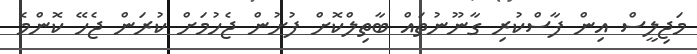
މަޖިލީސް އިން ފާސްކުރި ގާނޫނުތައް ބާތިލްކޮށް ފުށުން ޖެހުމަށް ކުރަން ޖެހޭ ކޮންމެ